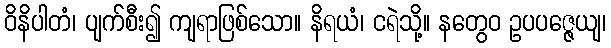
ဝိနိပါတံ၊ ပျက်စီး၍ ကျရာဖြစ်သော။ နိရယံ၊ ငရဲသို့။ နတွေဝ ဥပပဇ္ဇေယျ၊